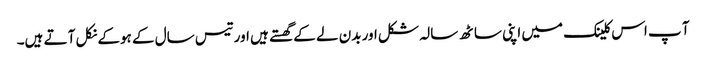
آ پ اس کلینک میں اپنی ساٹھ سالہ شکل اور بدن لے کے گھستے ہیں اور تیس سال کے ہوکے نکل آ تے ہیں۔